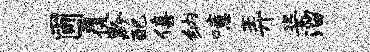
圃覆黔配僖纳噫弄姿溜